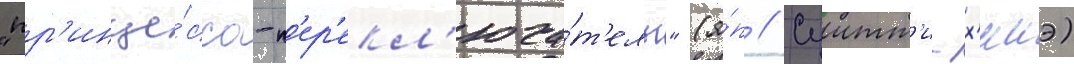
"пр'инце́сса-п'ер'екл'юча́т'ель" (я́п // Суитт'и-х'имэ)